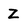
Character: Z